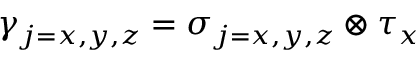
\gamma _ { j = x , y , z } = \sigma _ { j = x , y , z } \otimes \tau _ { x }